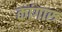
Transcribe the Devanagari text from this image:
कांगारु